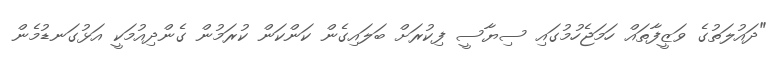
"ދައުލަތުގެ ވަޒީފާތައް ހަމަޖެހުމުގައި ސިޔާސީ ފިކުރަށް ބަލައިގެން ކަންކަން ކުރަމުން ގެންދިއުމަކީ އަޅުގަނޑުމެން